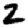
Digit: 2